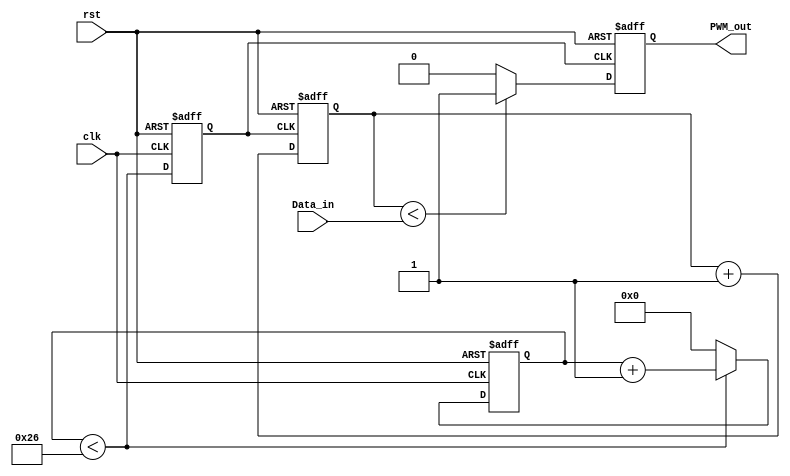
`timescale 1ns / 1ps
//////////////////////////////////////////////////////////////////////////////////
// Company: Tecnolgico de Costa Rica
//
// Design Name:
// Module Name: pwm
// Project Name:
// Target Devices:
// Tool versions:
// Description:
//
// Dependencies:
//
// Revision:
// Revision 0.01 - File Created
// Additional Comments:
//
//////////////////////////////////////////////////////////////////////////////////

module pwm#(
	parameter PWM_Width = 8
)
(
	input wire clk,rst,
	input wire [PWM_Width-1:0] Data_in,
	output reg PWM_out
);

reg [PWM_Width-1:0] Counter;


//*********************************************************

reg [5:0] counter_clk;
reg clk_div;


always@(posedge clk, posedge rst)
begin
	if(rst)
	begin 
		counter_clk <= 6'b0;
		clk_div <= 1'b0;
	end	
	else
	begin
		counter_clk <= (counter_clk < 6'd38)? counter_clk + 1'b1 : 6'b0;
		clk_div <= (counter_clk < 6'd38);
	end
end

//*********************************************************

always@(posedge clk_div, posedge rst)
	if(rst)
	begin
		PWM_out <= 1'b0;
		Counter <= 0;
	end
	else 
	begin
		Counter <= Counter+1'b1;
		PWM_out <= (Counter < Data_in)? 1'b1 : 1'b0;
	end

endmodule